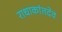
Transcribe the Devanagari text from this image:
राधाकांतदेव